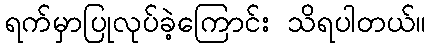
ရက်မှာပြုလုပ်ခဲ့ကြောင်း သိရပါတယ်။